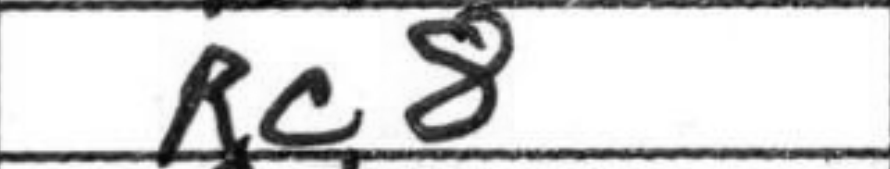
Transcription: Rc8